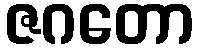
ဇဂတော